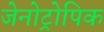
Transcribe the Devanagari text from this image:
जेनोट्रोपिक